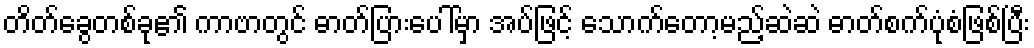
တိတ်ခွေတစ်ခု၏ ကာဗာတွင် ဓာတ်ပြားပေါ်မှာ အပ်ဖြင့် သောက်တော့မည့်ဆဲဆဲ ဓာတ်စက်ပုံစံဖြစ်ပြီး